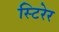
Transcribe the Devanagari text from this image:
स्टिरेर